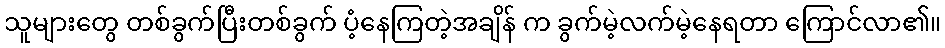
သူများတွေ တစ်ခွက်ပြီးတစ်ခွက် ပံ့နေကြတဲ့အချိန် က ခွက်မဲ့လက်မဲ့နေရတာ ကြောင်လာ၏။